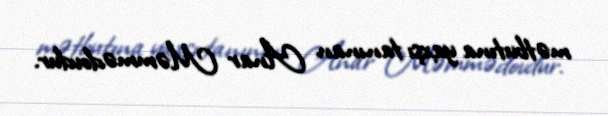
mətbutına yaxşı tanınan Anar Məmmədovdur.